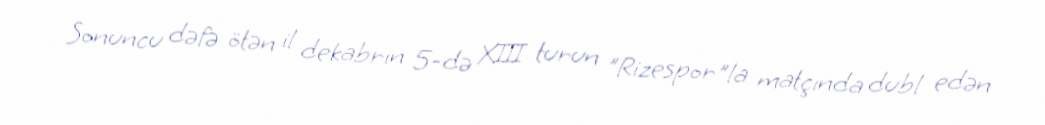
Sonuncu dəfə ötən il dekabrın 5-də XIII turun "Rizespor"la matçında dubl edən